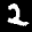
Label: 2